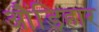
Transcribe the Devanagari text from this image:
औंड़िहार